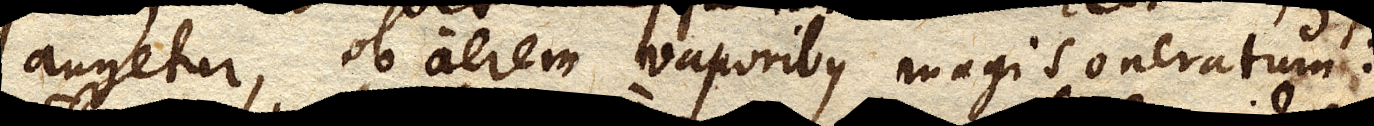
augetur, ob aerem vaporibus magis oneratum: